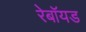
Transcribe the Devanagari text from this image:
रेबॉयड